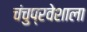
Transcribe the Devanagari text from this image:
चंचुप्रवेशाला